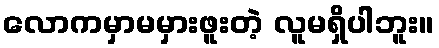
လောကမှာမမှားဖူးတဲ့ လူမရှိပါဘူး။